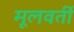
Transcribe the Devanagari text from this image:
मूलवर्ती